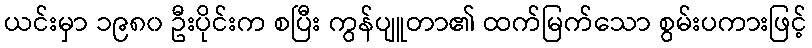
ယင်းမှာ ၁၉၈၀ ဦးပိုင်းက စပြီး ကွန်ပျူတာ၏ ထက်မြက်သော စွမ်းပကားဖြင့်